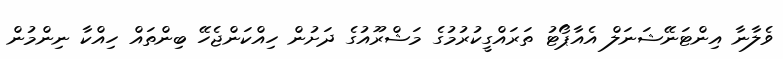
ވެލާނާ އިންޓަނޭޝަނަލް އެއާޕޯޓު ތަރައްގީކުރުމުގެ މަޝްރޫއުގެ ދަށުން ހިއްކަންޖެހޭ ބިންތައް ހިއްކާ ނިންމުން